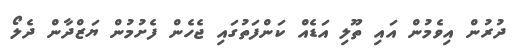
ދުރުން އިވެމުން އައި ތޫލި އަޑެއް ކަންފަތުގައި ޖެހެން ފެށުމުން ޔަޒްދާން ދެލޯ